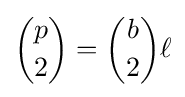
{\binom {p}{2}}={\binom {b}{2}}\ell